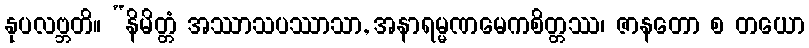
နုပလဗ္ဘတိ။ “နိမိတ္တံ အဿာသပဿာသာ, အနာရမ္မဏမေကစိတ္တဿ၊ ဇာနတော စ တယော